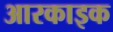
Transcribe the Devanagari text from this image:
आरकाइक